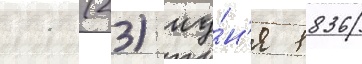
11 (23) иу́н'я 1836